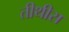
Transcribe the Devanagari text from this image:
तीथीस